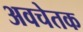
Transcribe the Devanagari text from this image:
अवचेतक